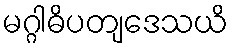
မဂ္ဂါဓိပတျဒေသယိ